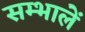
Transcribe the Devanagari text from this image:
सम्भालें